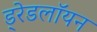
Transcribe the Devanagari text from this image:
ड्रेडलॉयन